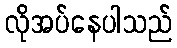
လိုအပ်နေပါသည်